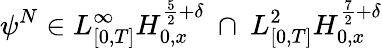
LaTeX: \psi^{N}\in L_{[0,T]}^{\infty}H_{0,x}^{\frac{5}{2}+\delta}\ \cap\ L_{[0,T]}^{2}H_{0,x}^{\frac{7}{2}+\delta}